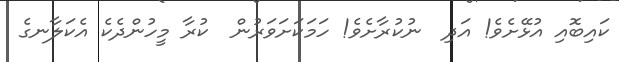
ކައިބޮއި އުޅޭށެވެ! އަދި  ނުކުރާށެވެ! ހަމަކަށަވަރުން  ކުރާ މީހުންދެކެ އެކަލާނގެ